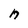
Character: n